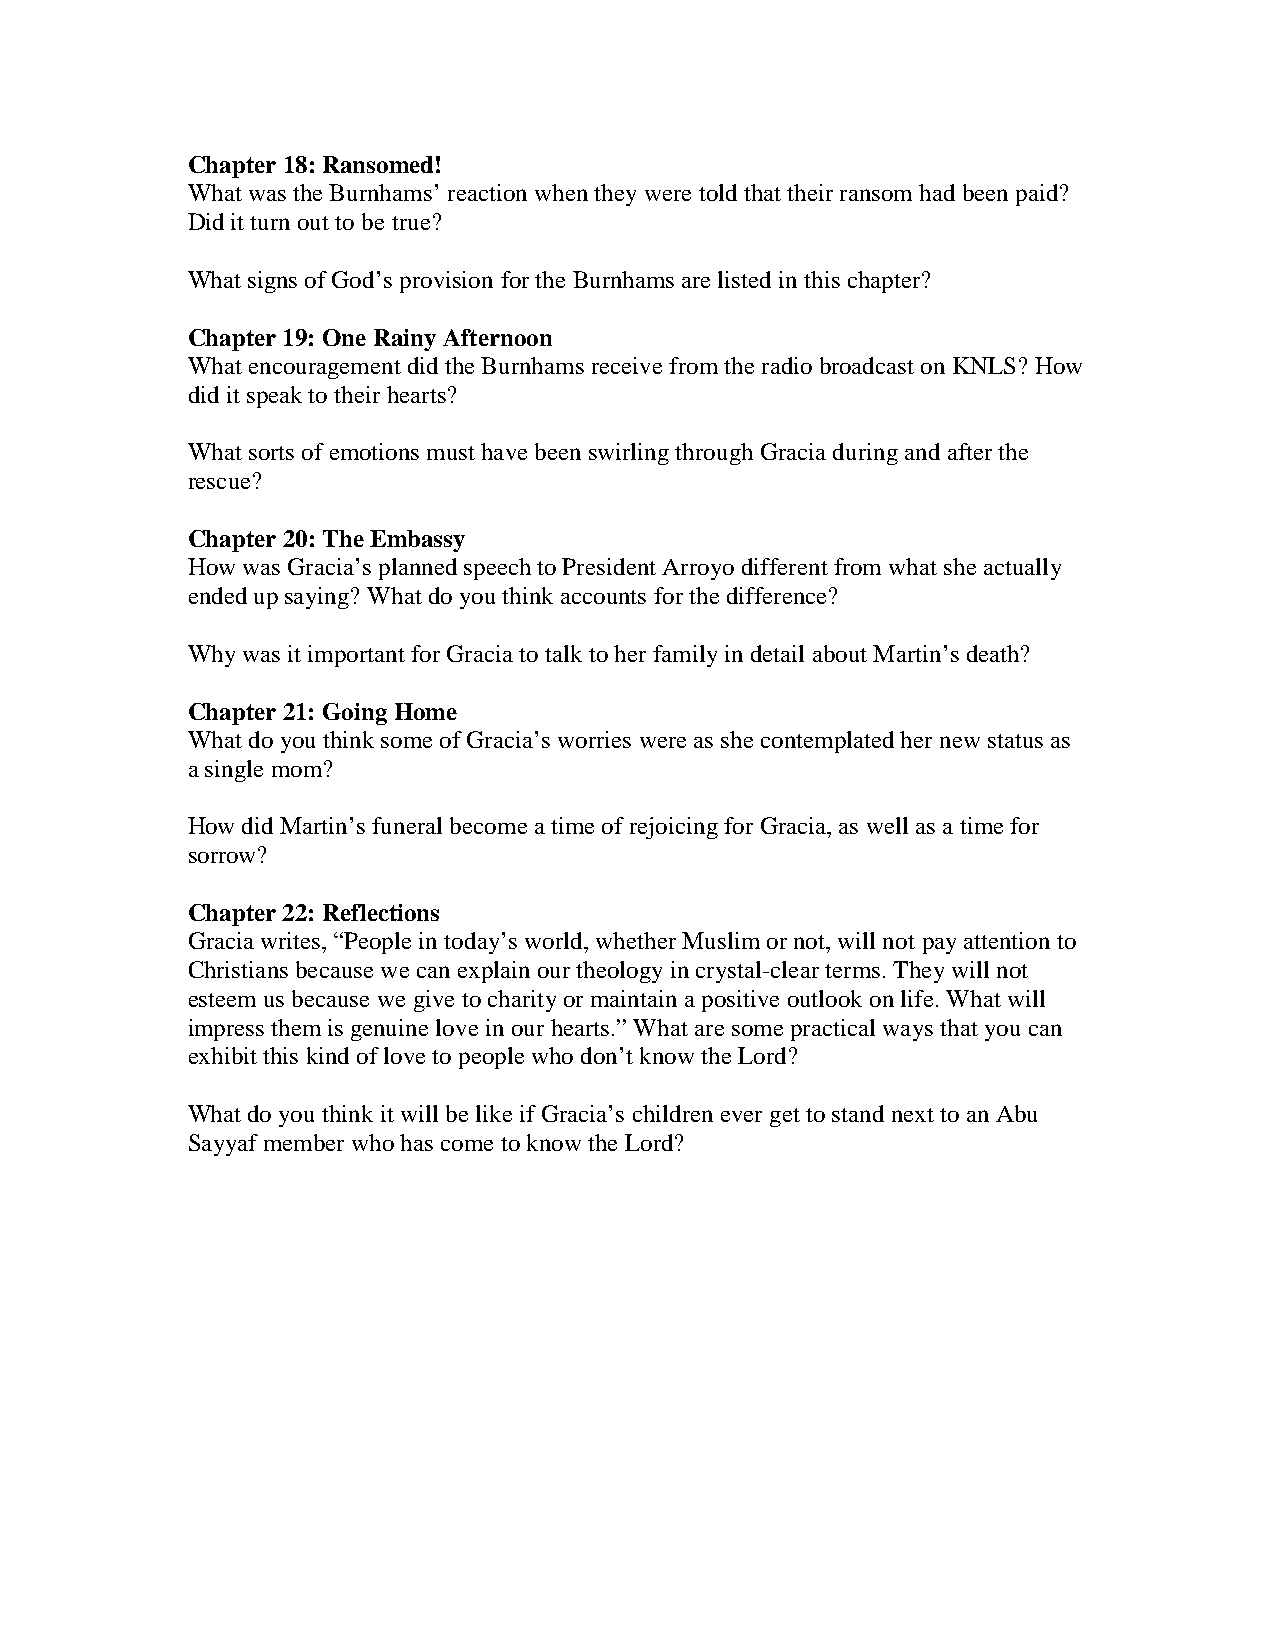
Chapter 18: Ransomed!
 What was the Burnhams’ reaction when they were told that their ransom had been paid?
 Did it turn out to be true?
 What signs of God’s provision for the Burnhams are listed in this chapter?
 Chapter 19: One Rainy Afternoon
 What encouragement did the Burnhams receive from the radio broadcast on KNLS? How
 did it speak to their hearts?
 What sorts of emotions must have been swirling through Gracia during and after the
 rescue?
 Chapter 20: The Embassy
 How was Gracia’s planned speech to President Arroyo different from what she actually
 ended up saying? What do you think accounts for the difference?
 Why was it important for Gracia to talk to her family in detail about Martin’s death?
 Chapter 21: Going Home
 What do you think some of Gracia’s worries were as she contemplated her new status as
 a single mom?
 How did Martin’s funeral become a time of rejoicing for Gracia, as well as a time for
 sorrow?
 Chapter 22: Reflections
 Gracia writes, “People in today’s world, whether Muslim or not, will not pay attention to
 Christians because we can explain our theology in crystal-clear terms. They will not
 esteem us because we give to charity or maintain a positive outlook on life. What will
 impress them is genuine love in our hearts.” What are some practical ways that you can
 exhibit this kind of love to people who don’t know the Lord?
 What do you think it will be like if Gracia’s children ever get to stand next to an Abu
 Sayyaf member who has come to know the Lord?